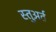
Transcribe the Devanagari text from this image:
स्तुअर्त